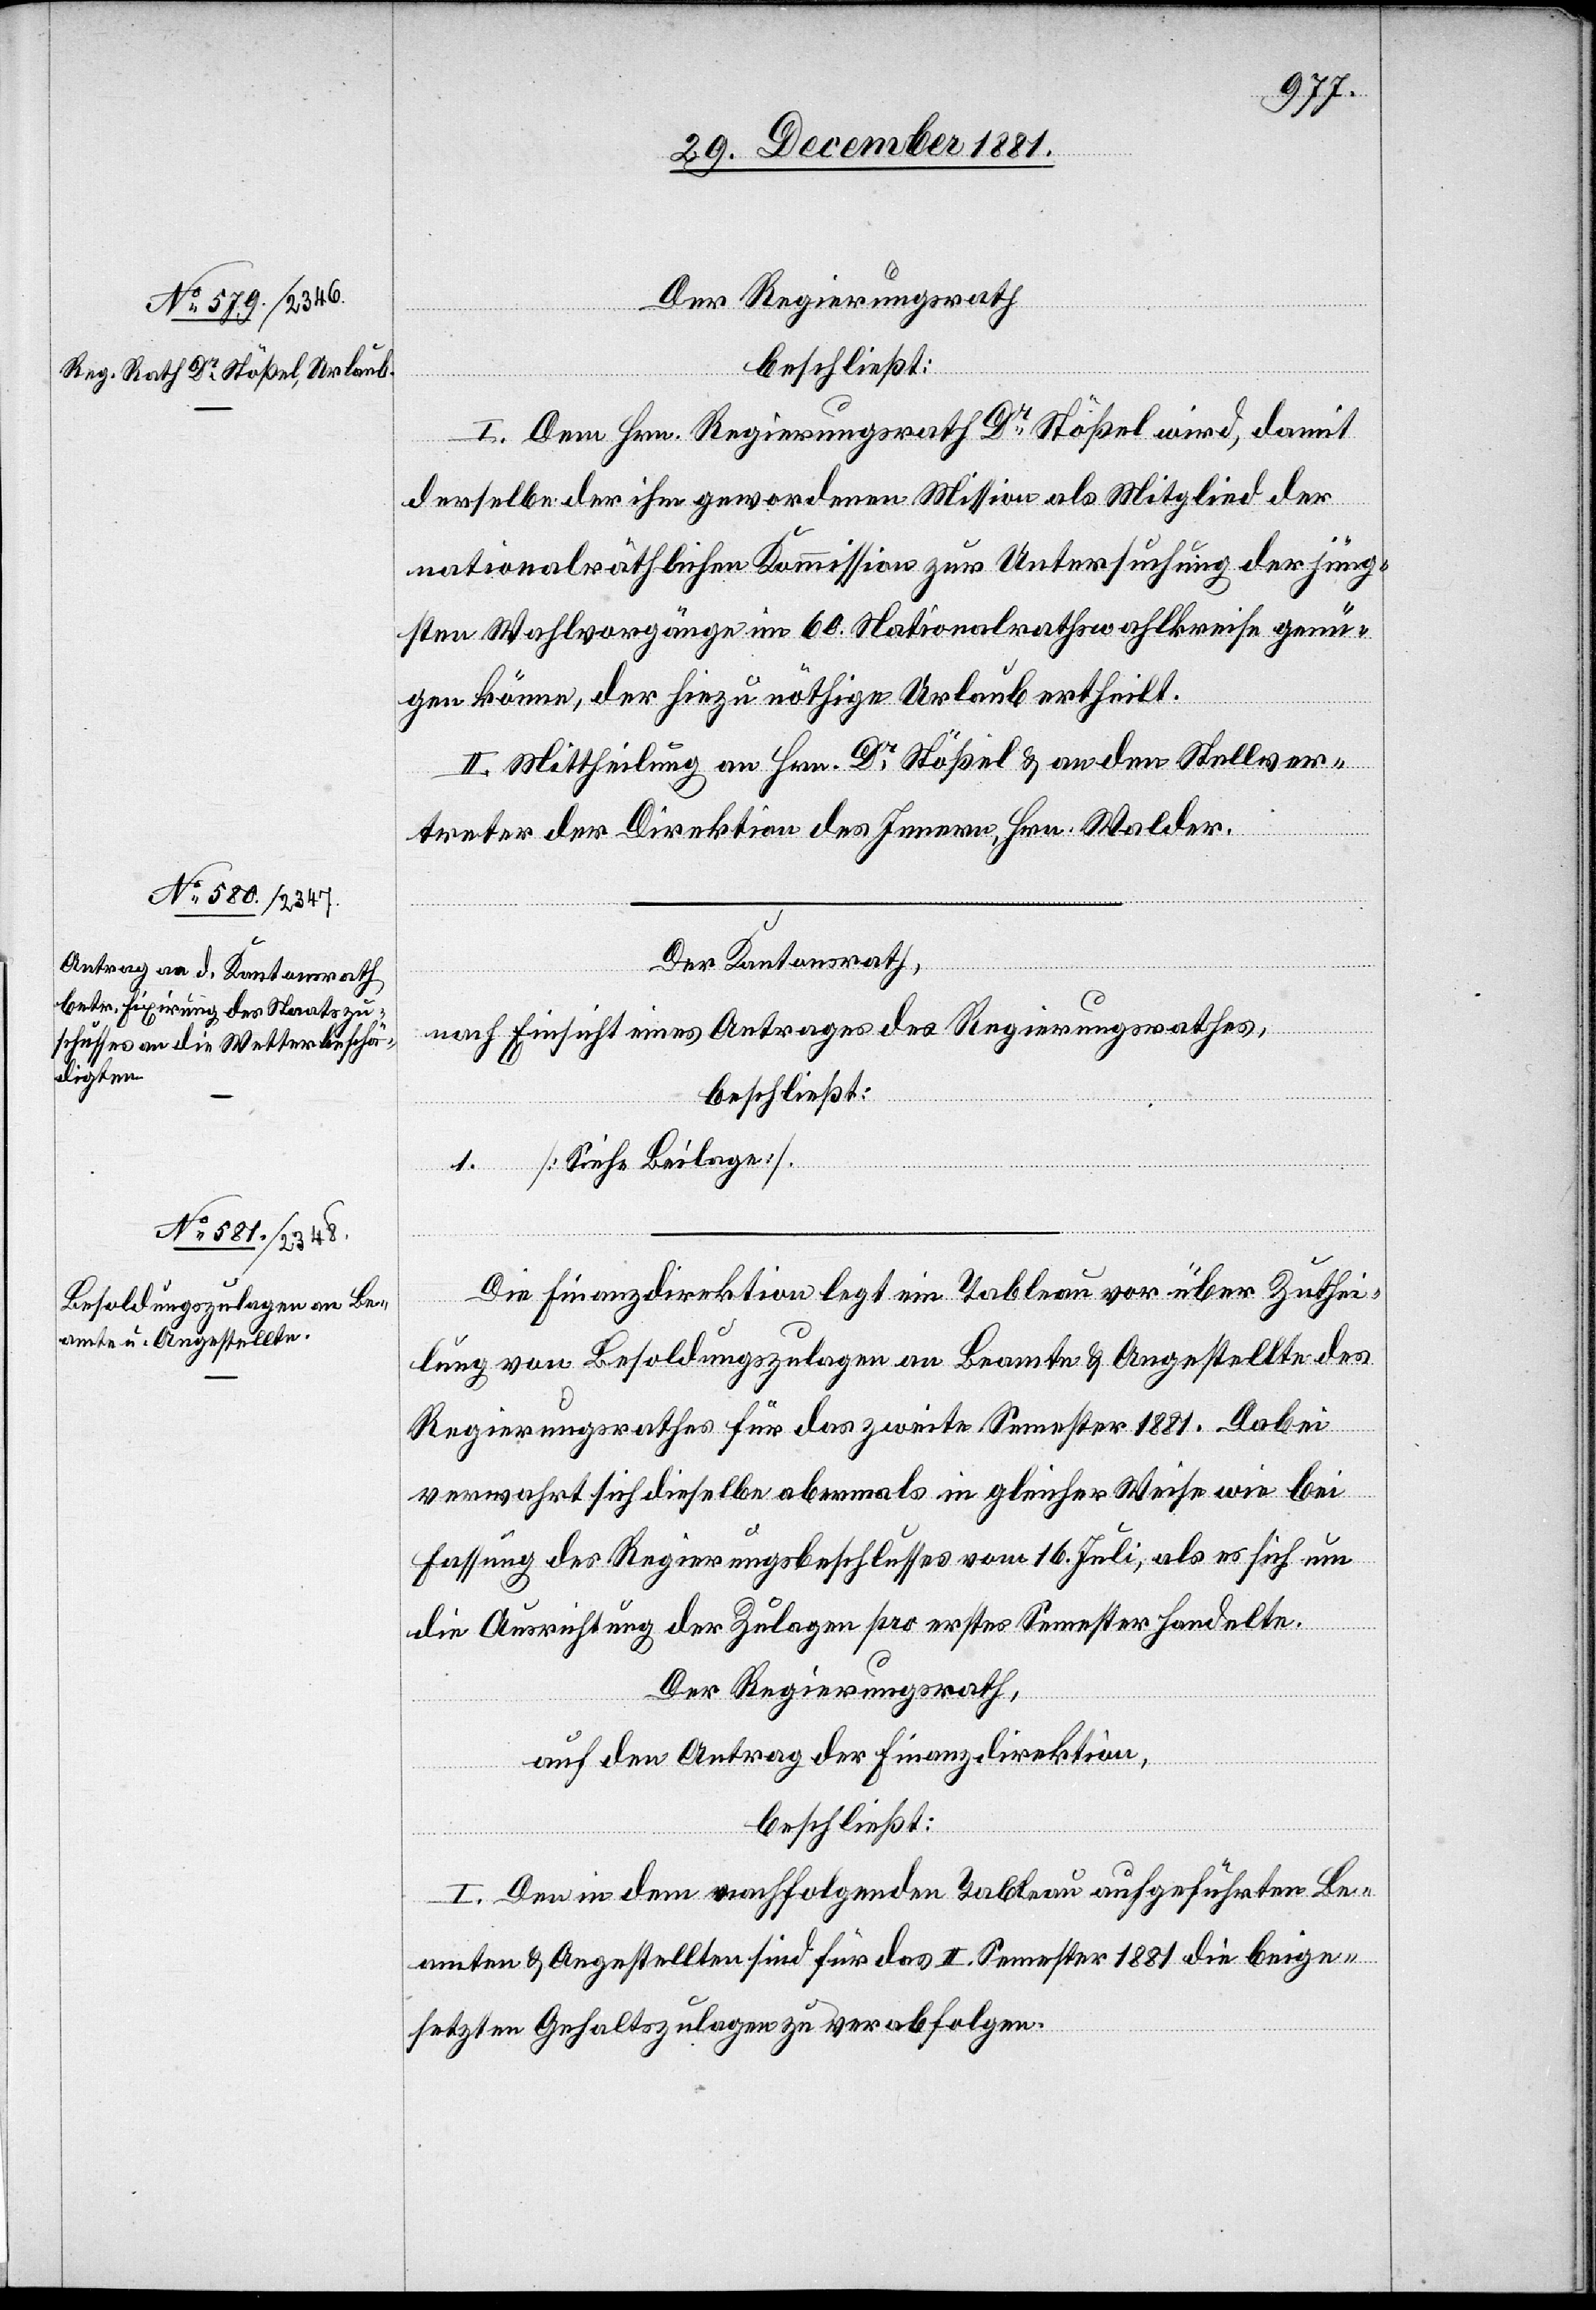
Der Regierungsrath
beschließt:
I. Dem Hrn. Regierungsrath Dr Stößel wird, damit
derselbe der ihm gewordenen Mission als Mitglied der
nationalräthlichen Kommission zur Untersuchung der jüng¬
sten Wahlvorgänge im 60. Nationalrahtswahlkreise genü¬
gen könne, der hiezu nöthige Urlaub ertheilt.
II. Mittheilung an Hrn. Dr Stößel & an den Stellver¬
treter der Direktion des Innern, Hrn. Walder.
Der Kantonsrath,
nach Einsicht eines Antrages des Regierungsrathes,
beschließt:
1. [Siehe Beilage]
Die Finanzdirektion legt ein Tableau vor über Zuthei¬
lung von Besoldungszulagen an Beamte & Angestellte des
Regierungsrathes für das zweite Semester 1881. Dabei
verwahrt sich dieselbe abermals in gleicher Weise wie bei
Fassung des Regierungsbeschlusses vom 16. Juli, als es sich um
die Ausrichtung der Zulagen pro erstes Semester handelte.
Der Regierungsrath,
auf den Antrag der Finanzdirektion,
beschließt:
I. Den in dem nachfolgenden Tableau aufgeführten Be¬
amten & Angestellten sind für das II. Semester 1881 die beige¬
setzten Gehaltszulagen zu verabfolgen.